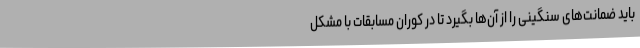
باید ضمانت‌های سنگینی را از آن‌ها بگیرد تا در کوران مسابقات با مشکل